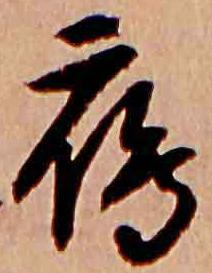
鴈